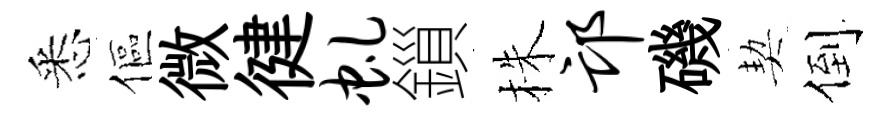
悉傴微徤虬鎻株邙磯契倒